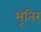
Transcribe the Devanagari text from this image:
भूतिर्